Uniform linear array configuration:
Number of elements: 8
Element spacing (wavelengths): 0.5
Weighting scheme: hann
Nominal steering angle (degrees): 45
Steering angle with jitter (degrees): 44.858
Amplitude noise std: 0.05
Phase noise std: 0.05

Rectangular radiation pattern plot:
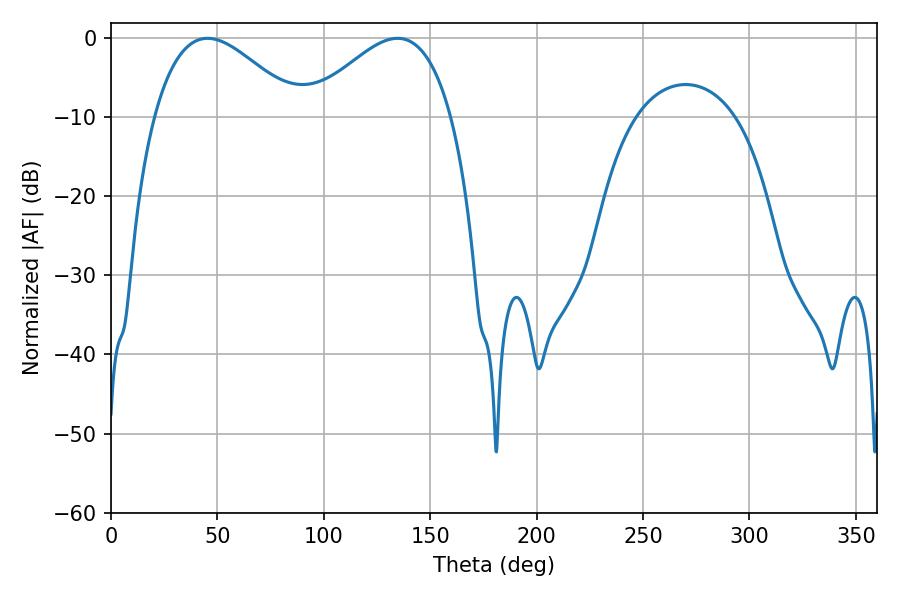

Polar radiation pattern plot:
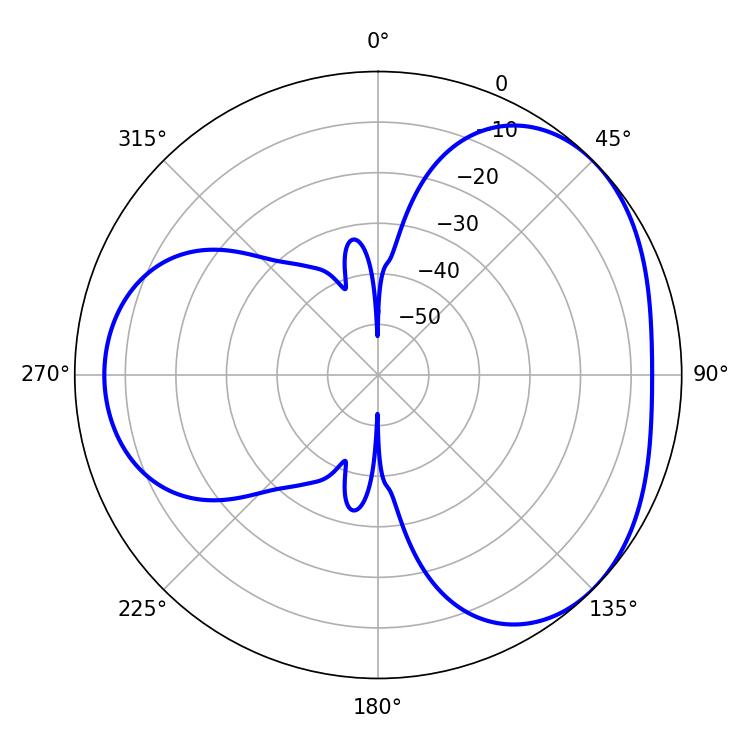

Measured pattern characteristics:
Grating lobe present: FALSE
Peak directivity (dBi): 3.567
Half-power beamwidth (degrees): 36.54
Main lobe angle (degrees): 45.36